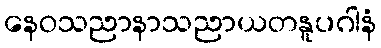
နေဝသညာနာသညာယတနူပဂါနံ